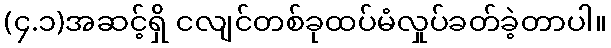
(၄.၁)အဆင့်ရှိ ငလျင်တစ်ခုထပ်မံလှုပ်ခတ်ခဲ့တာပါ။